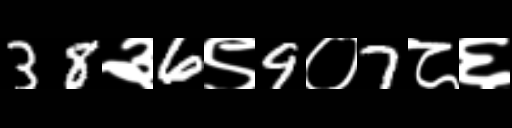
Text: 38३6९9०7८६